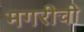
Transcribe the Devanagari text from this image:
मगरीची